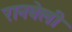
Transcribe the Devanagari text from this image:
रानवेली